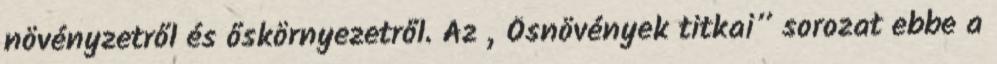
növényzetről és őskörnyezetről. Az „Ősnövények titkai” sorozat ebbe a